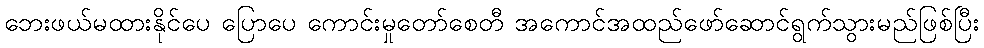
ဘေးဖယ်မထားနိုင်ပေ ပြောပေ ကောင်းမှုတော်စေတီ အကောင်အထည်ဖော်ဆောင်ရွက်သွားမည်ဖြစ်ပြီး